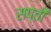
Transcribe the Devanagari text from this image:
सप्ती